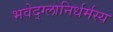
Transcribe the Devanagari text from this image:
भवेद्‌ग्लानिर्धर्मस्य